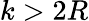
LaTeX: k>2R